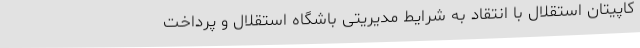
کاپیتان استقلال با انتقاد به شرایط مدیریتی باشگاه استقلال و پرداخت